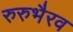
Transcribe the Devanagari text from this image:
रुरुभैरव